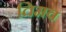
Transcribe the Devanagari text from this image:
तिमव